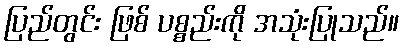
ပြည်တွင်း ဖြစ် ပစ္စည်းကို အသုံးပြုသည်။